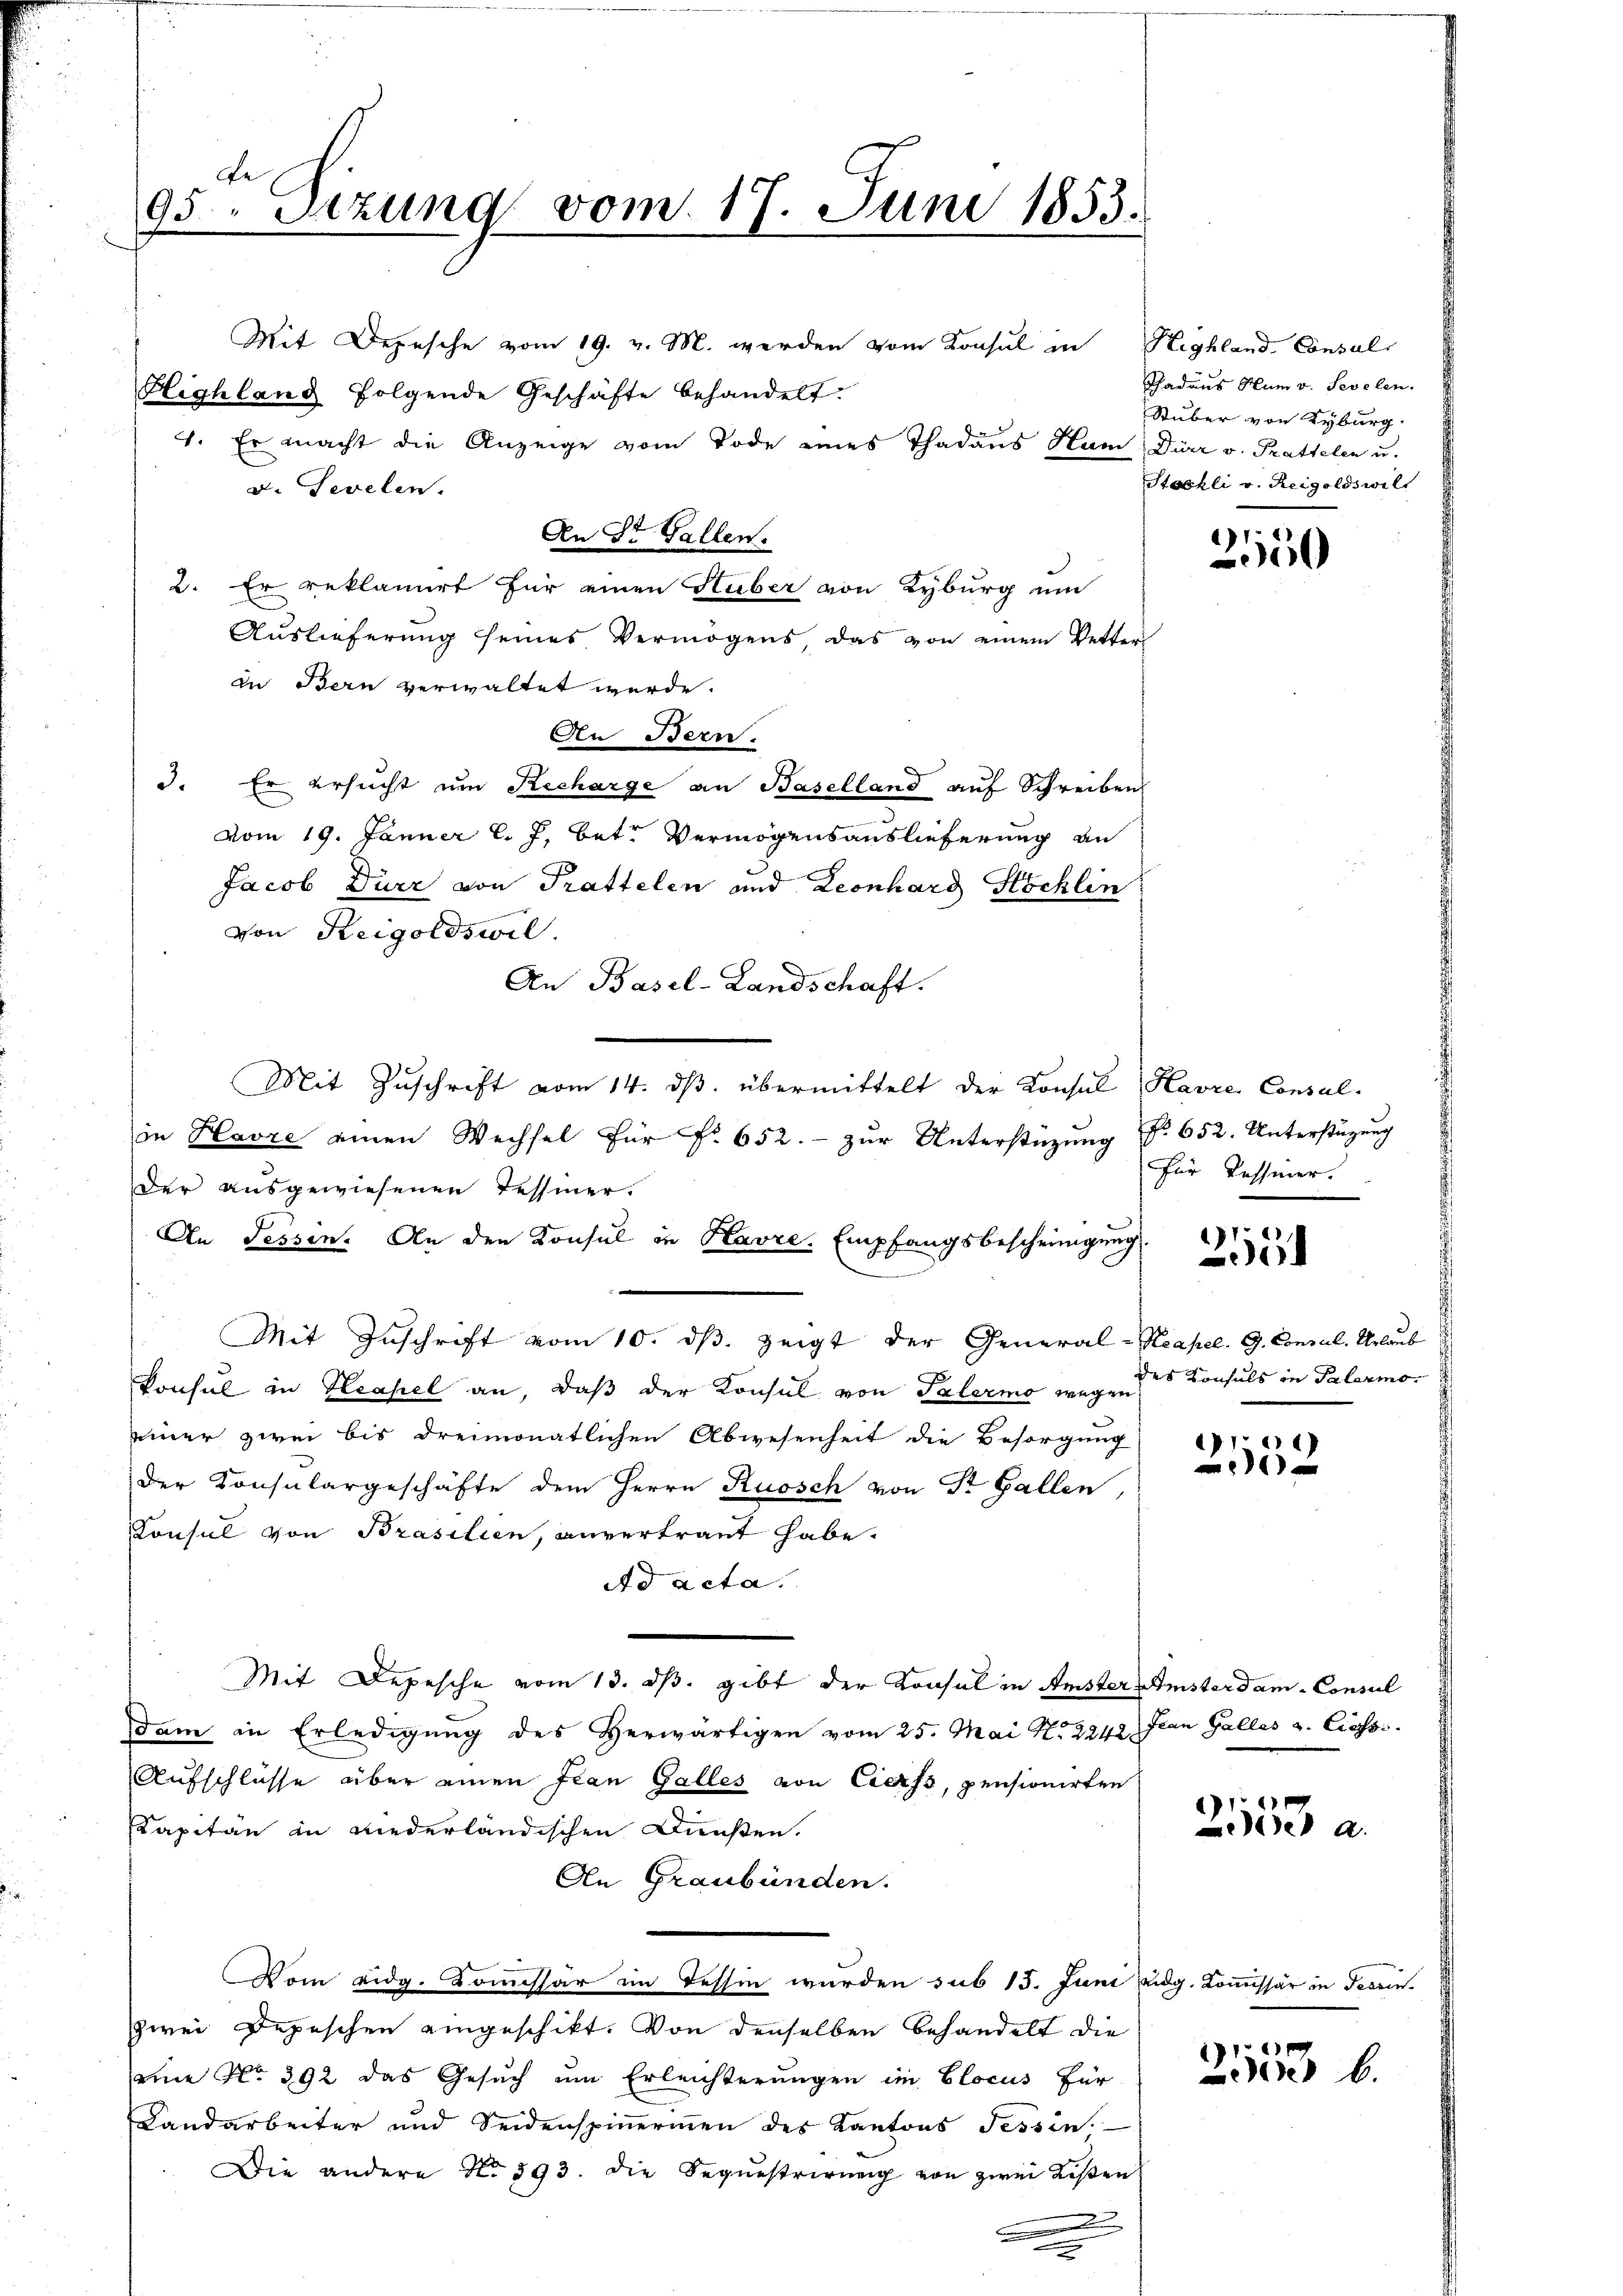
e
95. Setzung vom 17. Juni 1853.

Mit Depesche vom 19. v. M. werden vom Konsul in Highland Consul
Highland folgende Geschäfte behandelt.
1. Er macht die Anzeige vom Tode eines Thadaus Hum Dir v. Prattelen u.
D. Sevelen.
2. Er reklamiert für einen Huber von Kyburg um
Aŭslieferŭng seines Vermögens das von einem Vetter
In Bern verwaltet werde.
An Bern.
3. Er ersucht um Recharge an Baselland auf Schreiben
vom 19. Jänner l. J. betr. Vermögensauslieferung an
Jacob Dürr von Prattelen und Leonhard Stöchlin
von Reigoldswil.
An Basel-Landschaft.
Mit Zuschrift vom 14. ds. übermittelt der Konsul Havre Consul-
in Havre einen Wechsel für No. 652. - zur Unterstützung
Der ausgewiesenen Tessiner.
An Sessen. An den Konsul in Havre Empfangsbescheinigung.
Mit Zuschrift vom 10. dβ zeigt der General-Reapel. G. Concul. Urlaub
konsul in Neapel an, daß der Konsul von Salermo wegen,
einer zwei bis dreimonatlichen Abwesenheit die Besorgung
Der Konsulargeschäfte dem Herrn Ruosch von Dr. Gallen,
Konsul von Brasilien, anvertraut habe.
Ad acta.
Mit Depesche vom 13. ds. gibt der Konsul in Amster Ansterdam - Consul
dam in Erledigŭng des Herwärtigen vom 25. Mai N. 2242. Jean Galles v. Cessi
Aufschlüsse über einen Jean Galles von Ciess, pensionirten
Kapitän in wiederländischen Dunsten.
An Graubünden.
Vom eidg. Komissär im Tessin wurden sub 15. Juni aug. Kommissär in Tessinzwei Depeschen eingeschikt. Von denselben behandelt die
seine No. 392 das Gesŭch ŭm Erleichterŭngen im Elocus für
Landarbeiter und Seidenspinnerien des Kantons Tessin.
Die andere No 393. die Sequestrirŭng von zwei Liβen
2

An St. Gallen.

Thadaus Hum v. Sevelen.
Stuber von Kyburg.
Stachli v. Reigoldswill

2550

255

No. 652. Unterstüzung
für Kassiner.

des Konsuls in Palermo

2152

2533 a

a
)
e 6.